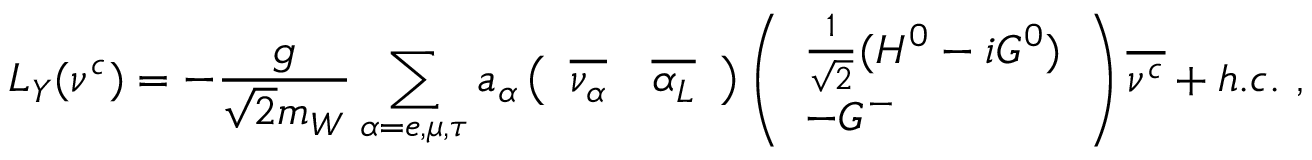
{ \cal L } _ { Y } ( \nu ^ { c } ) = - \frac { g } { \sqrt { 2 } m _ { W } } \sum _ { \alpha = e , \mu , \tau } a _ { \alpha } \left( \begin{array} { l l } { { \overline { { { \nu _ { \alpha } } } } } } & { { \overline { { { \alpha _ { L } } } } } } \end{array} \right) \left( \begin{array} { l } { { \frac { 1 } { \sqrt { 2 } } ( H ^ { 0 } - i G ^ { 0 } ) } } \\ { { - G ^ { - } } } \end{array} \right) { \overline { { { \nu ^ { c } } } } } + h . c . \ ,